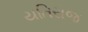
યતિરાજ